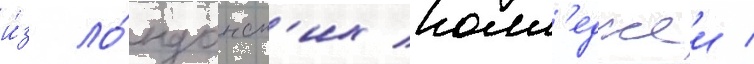
и́з ло́ндонск'их колл'еджеи /